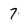
Character: 7